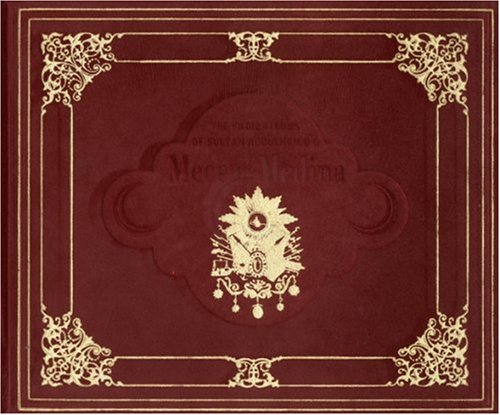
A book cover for The Yildiz Albums of Sultan Abdulhamid: Mecca-Medina; Mehmet Bahadir Dorduncu; Religion & Spirituality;